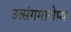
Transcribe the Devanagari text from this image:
उत्संगमारोप्य